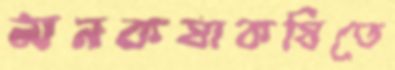
মনকষাকষিতে